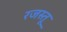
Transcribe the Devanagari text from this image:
रजस्तू